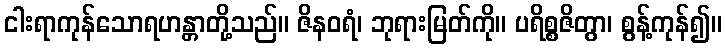
ငါးရာကုန်သောရဟန္တာတို့သည်။ ဇိနဝရံ၊ ဘုရားမြတ်ကို။ ပရိစ္စဇိတွာ၊ စွန့်ကုန်၍။